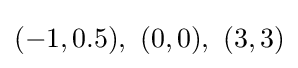
(-1,0.5),\ (0,0),\ (3,3)